Jaan_Tonisson_(Lasteleht), lk 104
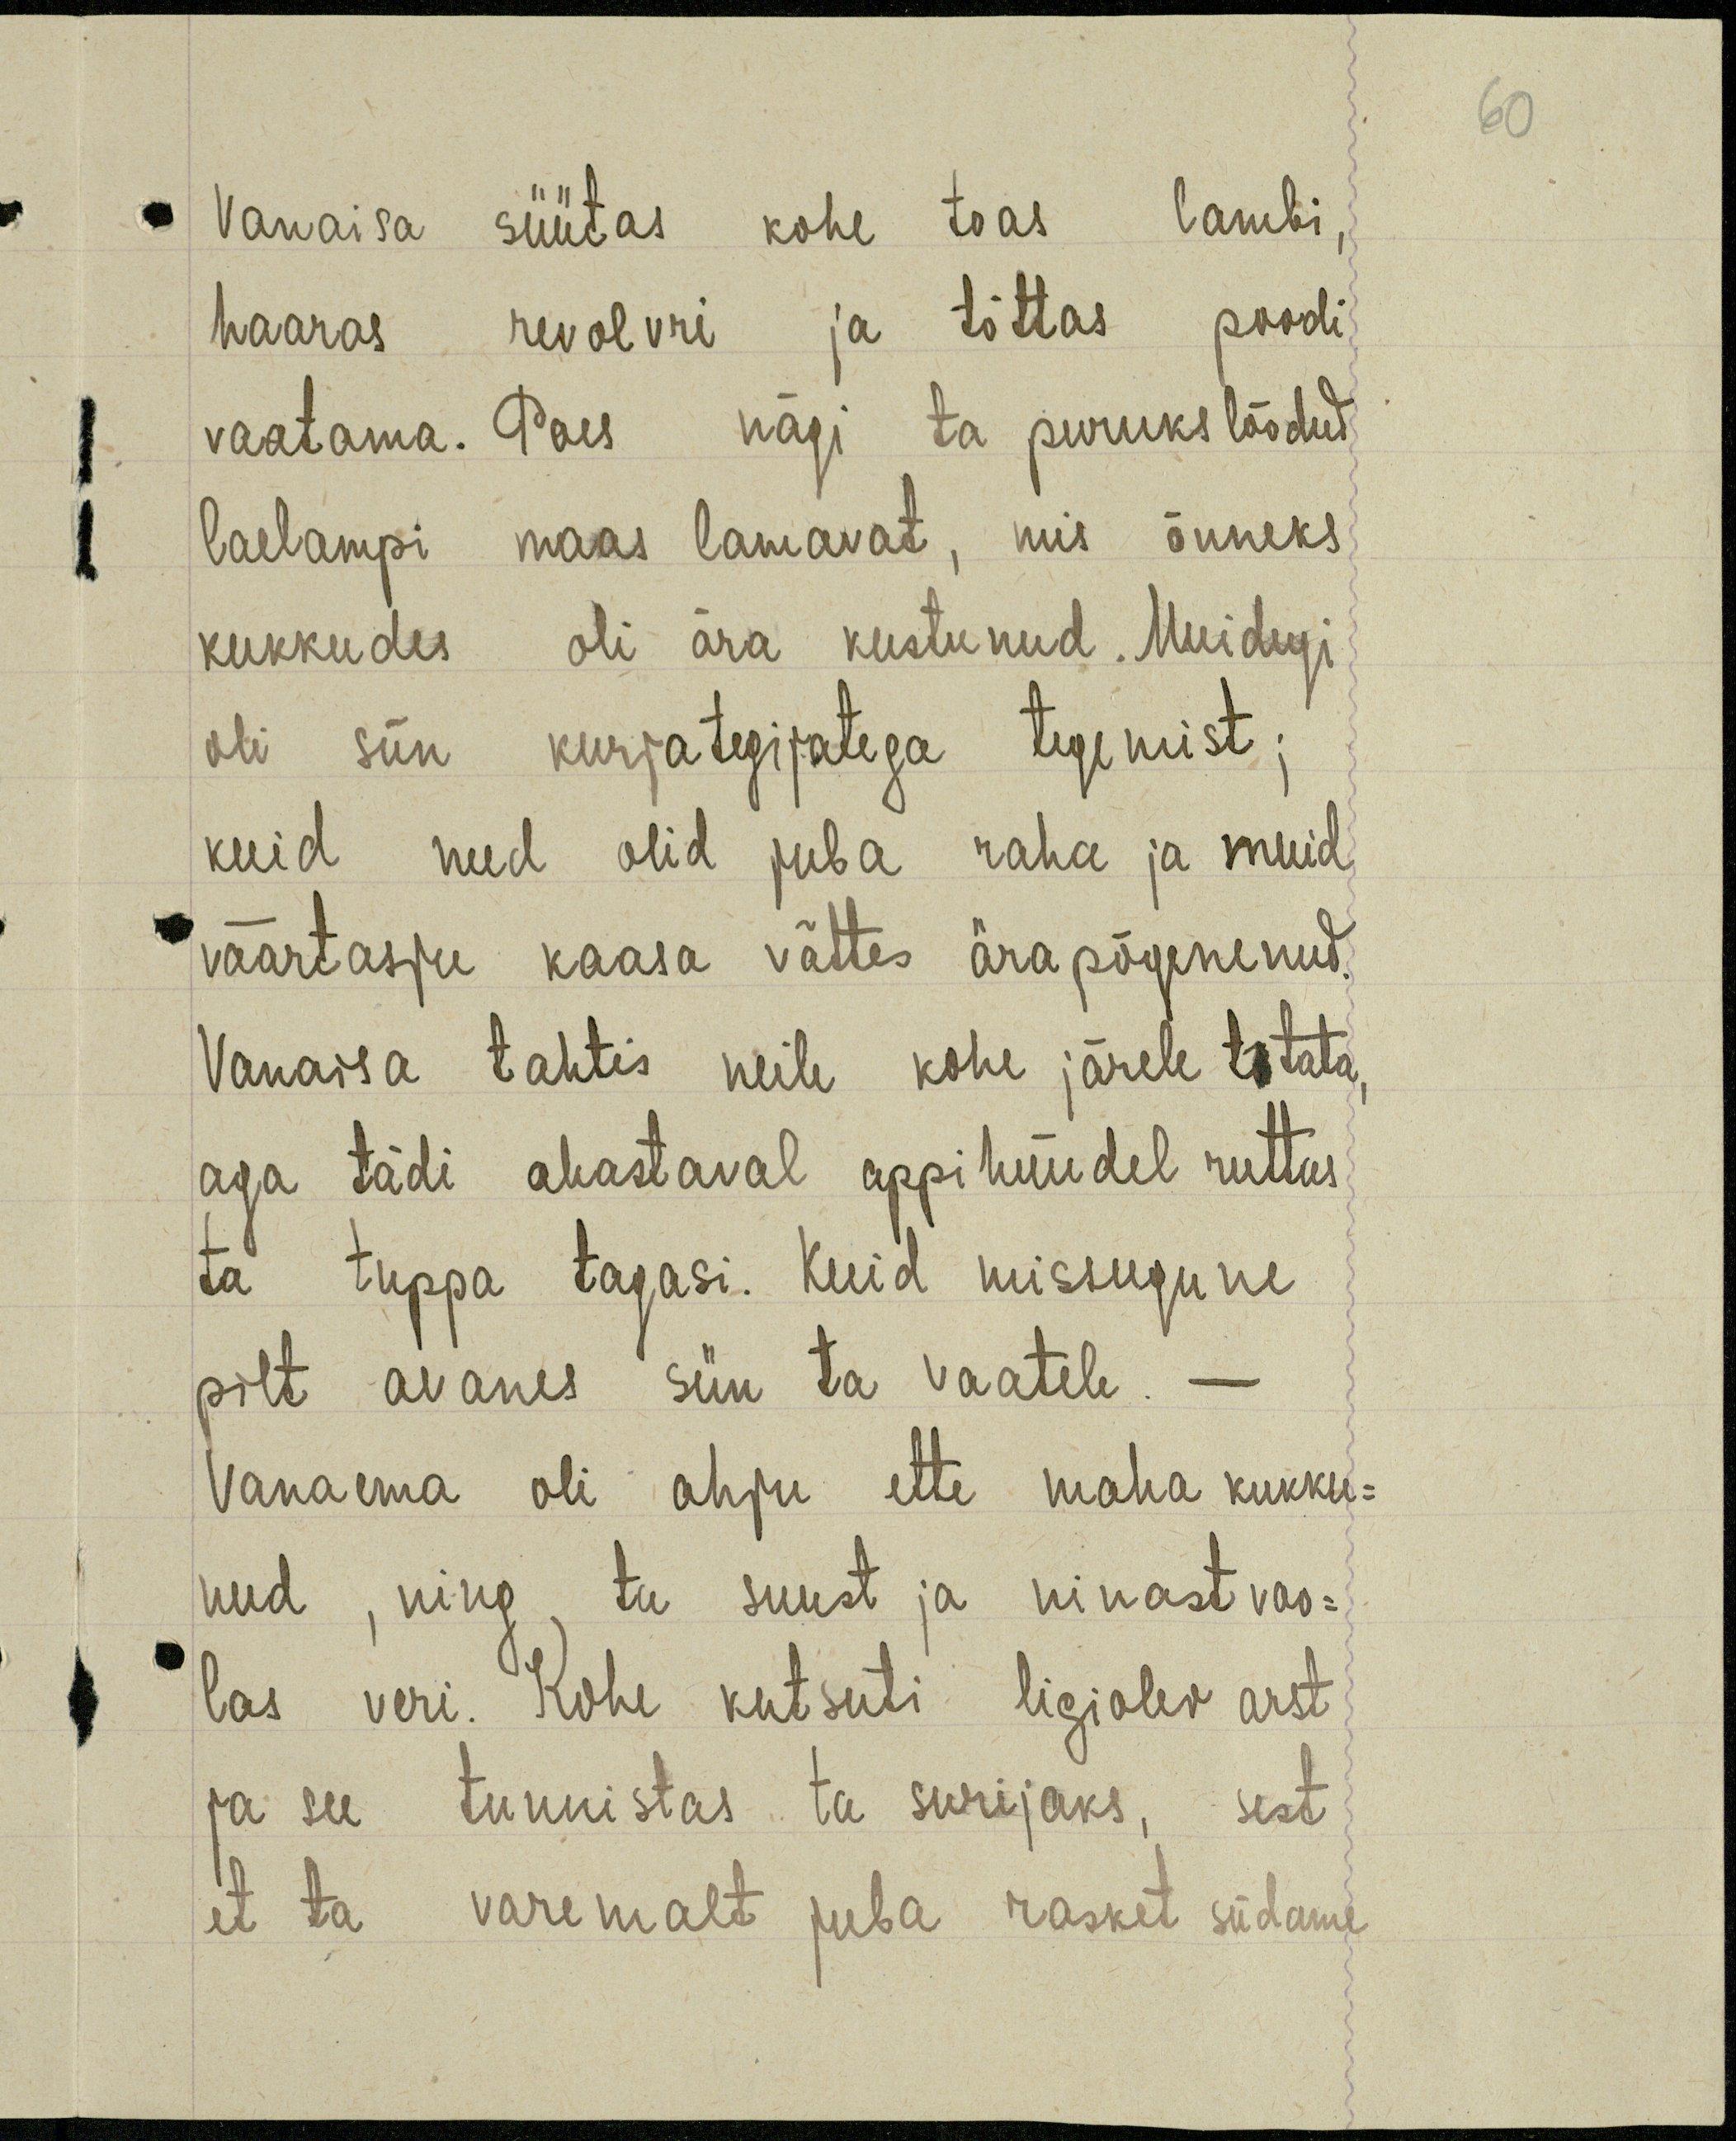
60

Vanaisa süütas kohe toas lambi.
haaras revolvri ja tõttas poodi
vaatama. Poes nägi ta puruks löödud,
laelampi maas lamavat, mis õnneks
kukkudes oli ära kustunud. Muidugi
oli siin kurjategijatega tegemist;
kuid need olid juba raha ja muid
väärtasju kaasa võttes ära põgenenud.
Vanaisa tahtis neile kohe järele tõtata.
aga tädi ahastaval appihüüdel ruttas
ta tuppa tagasi. Kuid missugune
pilt avanes siin ta vaatele.
Vanaema oli ahju ette maha kukku-
nud, ning ta suust ja ninast voo-
las veri. Kohe kutsuti ligiolev arst
ja see tunnistas ta surijaks, sest
et ta varemalt juba rasket südame